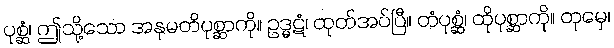
ပုစ္ဆံ၊ ဤသို့သော အနုမတိပုစ္ဆာကို။ ဥဒ္ဓဋံ၊ ထုတ်အပ်ပြီ။ တံပုစ္ဆံ၊ ထိုပုစ္ဆာကို။ တုမှေ၊